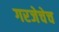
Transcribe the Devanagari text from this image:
गरजेचेच